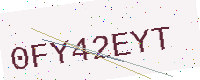
Text: 0FY42EYT